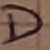
Text: D